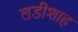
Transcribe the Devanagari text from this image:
लडीशाह